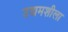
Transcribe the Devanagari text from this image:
उद्यमशीला